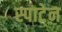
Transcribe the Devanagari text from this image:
स्पाटेन